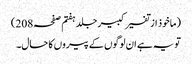
(ماخوذ از تفسیر کبیر جلد ہفتم صفحہ208)
تو یہ ہے ان لوگوں کے پیروں کا حال۔